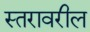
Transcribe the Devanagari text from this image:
स्‍तरावरील